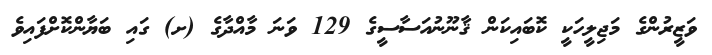
ވަޒީރުންގެ މަޖިލީހަކީ ކޮބައިކަން ޤާނޫނުއަސާސީގެ 129 ވަނަ މާއްދާގެ (ށ) ގައި ބަޔާންކޮށްފައިވެ